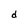
Character: d